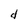
Character: d